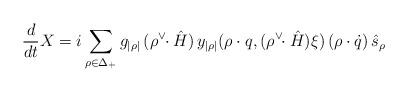
LaTeX: \begin{align*}{d\over dt}X = i\sum_{\rho\in\Delta_{+}}g_{|\rho|} \,(\rho^{\vee}\!\!\cdot\hat{H})\,y_{|\rho|}(\rho\cdot q,(\rho^{\vee}\!\!\cdot\hat{H})\xi)\, (\rho\cdot\dot{q})\, \hat{s}_{\rho}\end{align*}